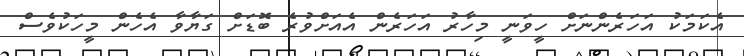
އެކަމަކު އަހަރެންނަށް ހީވަނީ މިހާރު އަހަރެން އެއަށްވުރެ ބޮޑަށް ގަޔާވާ އެހެން މީހަކުވެސް